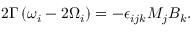
\begin{array} { r } { 2 \Gamma \left( \omega _ { i } - 2 \Omega _ { i } \right) = - \epsilon _ { i j k } M _ { j } B _ { k } . } \end{array}